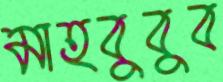
মাহবুবুব